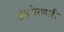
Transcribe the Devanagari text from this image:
अंतःप्रेरणाही